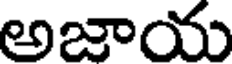
అజాయ